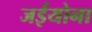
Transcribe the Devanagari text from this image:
जईयोना